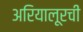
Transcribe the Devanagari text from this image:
अरियालूरची